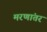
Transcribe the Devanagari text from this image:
मरणांतर